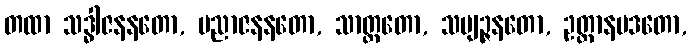
တထာ သဒ္ဓါဇနနတော, ပညာဇနနတော, သာတ္ထတော, သဗျဉ္ဇနတော, ဥတ္တာနပဒတော,